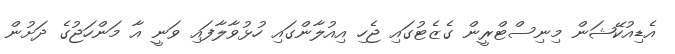
އެޑިއުކޭޝަން މިނިސްޓްރީން ގެޒެޓުގައި ޖެހި އިއުލާންގައި ހުޅުވާލާފައި ވަނީ އާ މަންހަޖުގެ ދަށުން